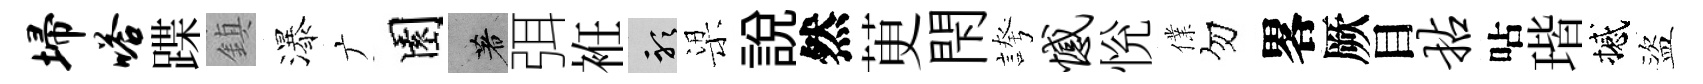
埽嗒蹀鎮瀑广園著弭袵聽梁說然茰閇誇憾恱㒒勿畧厥目拈呫瑎撼盜